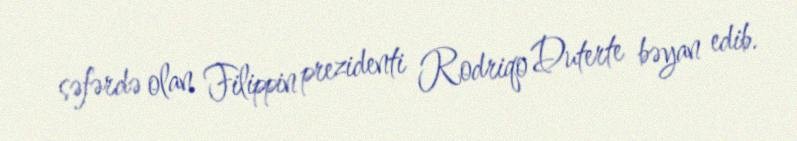
səfərdə olan Filippin prezidenti Rodriqo Duterte bəyan edib.